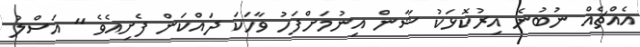
އެއްޗެއް ނުބުނެ އިރުކޮޅަކު ޝާން އިނުމަށްފަހު ވާހަކަ ދައްކަން ފެށިއެވެ " އަސްލު